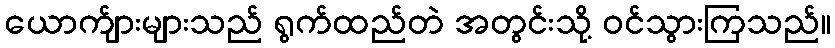
ယောက်ျားများသည် ရွက်ထည်တဲ အတွင်းသို့ ဝင်သွားကြသည်။